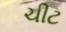
ચીટ